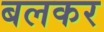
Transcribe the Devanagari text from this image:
बलकर